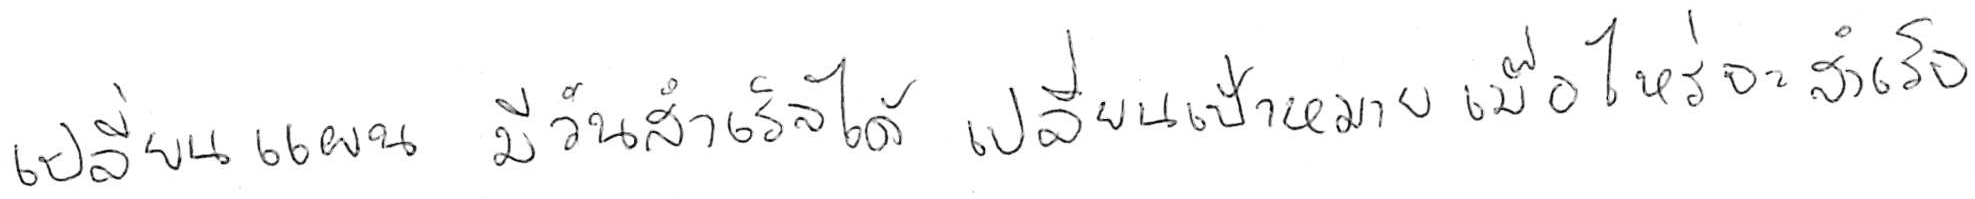
เปลี่ยนแผน มีวันสำเร็จได้ เปลี่ยนเป้าหมาย เมื่อไหร่จะสำเร็จ